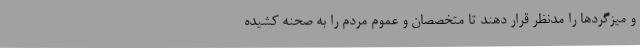
و میزگردها را مدنظر قرار دهند تا متخصصان و عموم مردم را به صحنه کشیده